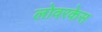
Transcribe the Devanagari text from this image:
लोवरकेस